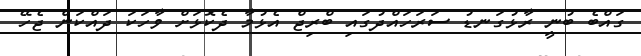
ގައްބެ ބުނީ ރާޅުގަނޑު ސަރަހައްދުގައި ބްރިޖް އެޅުމާ ދެކޮޅަށް ވާހަކަ ދައްކަން ޖެހޭ